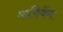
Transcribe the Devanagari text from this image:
माफिकेंग